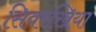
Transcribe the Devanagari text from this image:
सिवरखिया